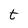
Character: t